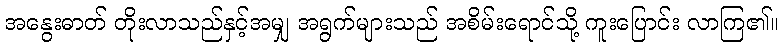
အနွေးဓာတ် တိုးလာသည်နှင့်အမျှ အရွက်များသည် အစိမ်းရောင်သို့ ကူးပြောင်း လာကြ၏။